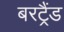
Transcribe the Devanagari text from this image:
बरट्रैंड